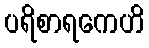
ပရိစာရကေဟိ